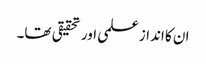
ان کا انداز علمی اور تحقیقی تھا۔